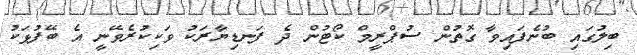
ބިލުގައި ބުނެފައިވާ ގޮތުން ސުޕްރީމް ކޯޓުން ދެ ފަނޑިޔާރަކު ވަކިކުރެވޭނީ އެ ބޭފުޅަކު